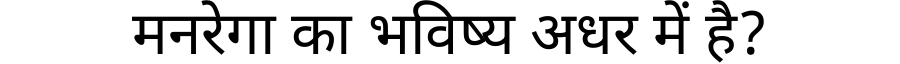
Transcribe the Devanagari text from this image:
मनरेगा का भविष्य अधर में है?